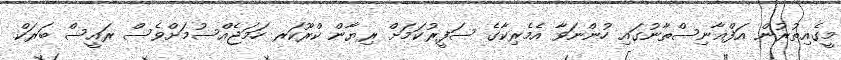
މީގެއިތުރުން އަފްޣާނިސްތާނުގައި ހުންނަވާ އެމެރިކާގެ ސަފީރުކަމަށް ރިޔާން ކްރޫކަރ ހަމަޖެއްސުމަށްވެސް ރައީސް ބަރަކް